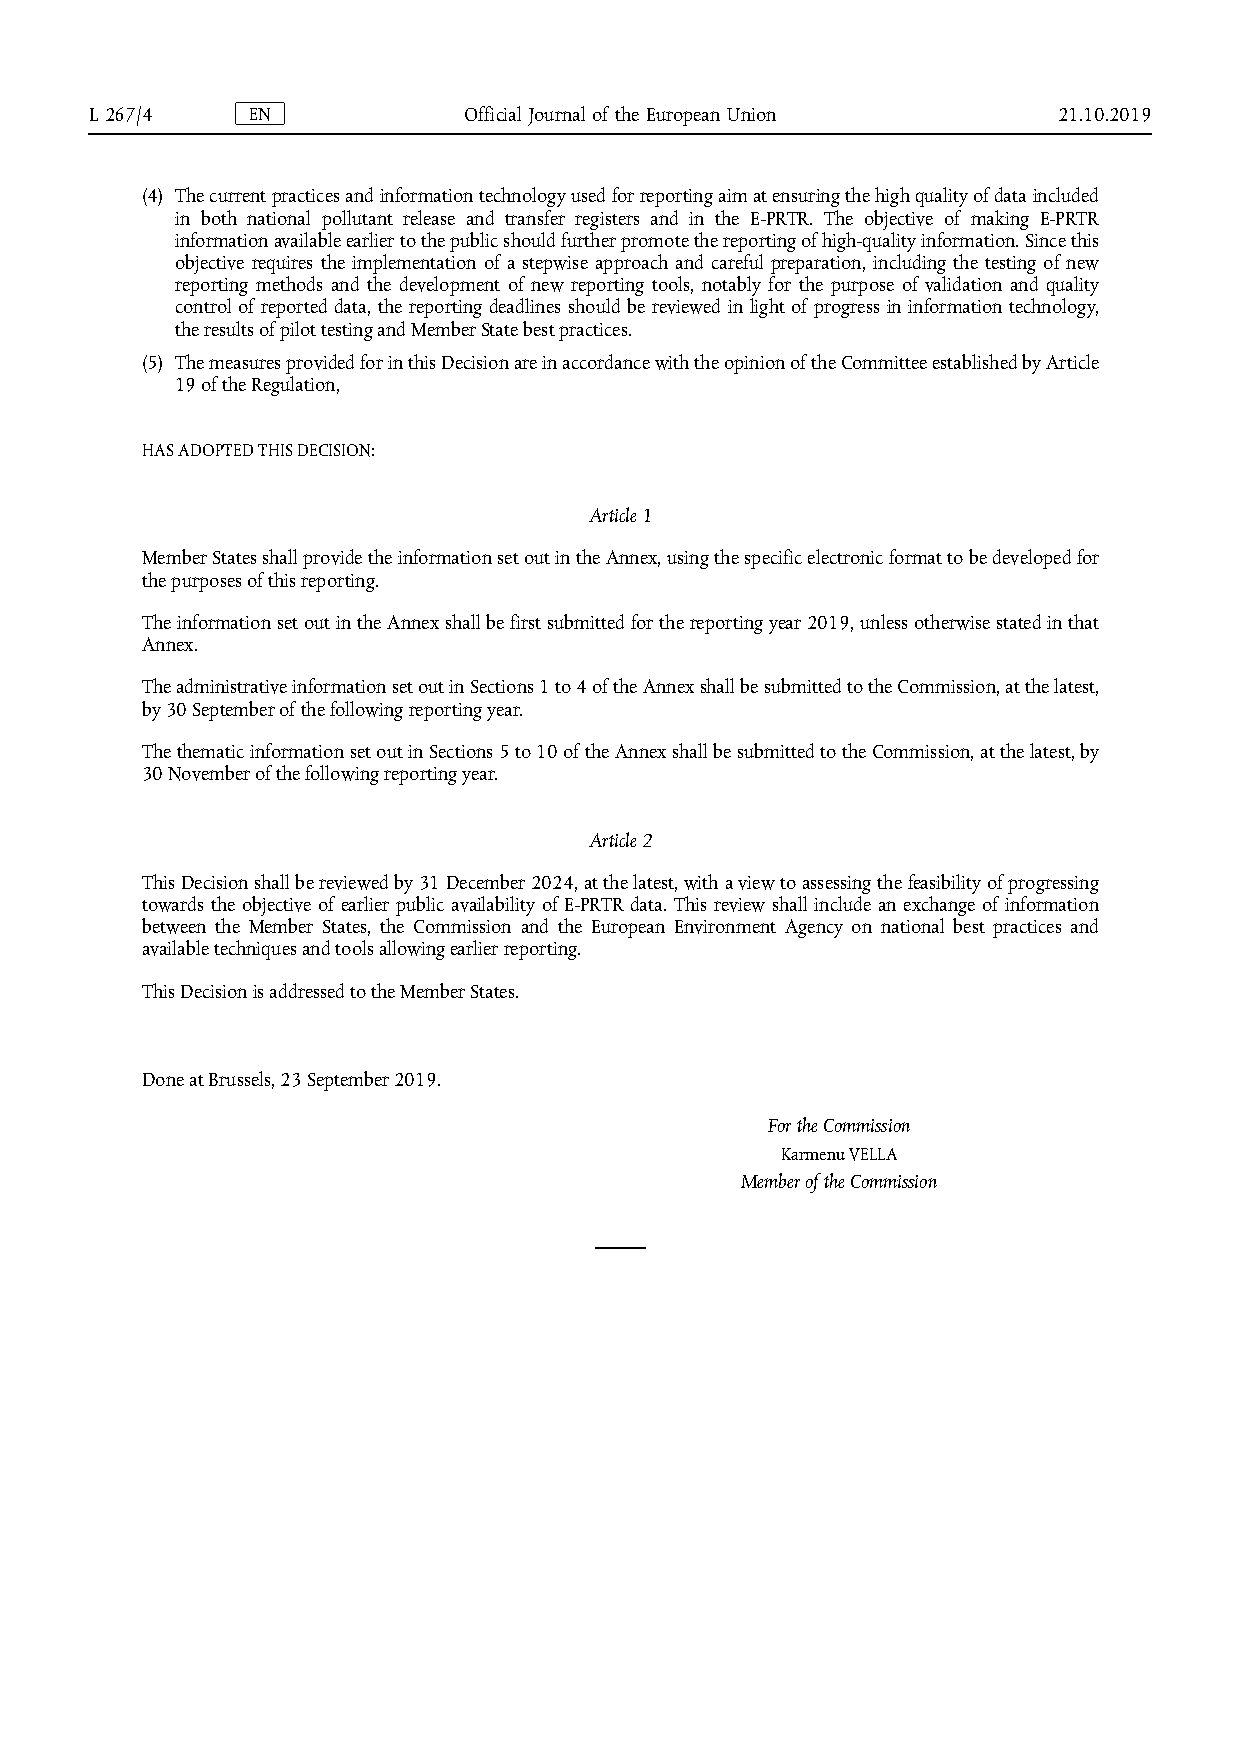
L 267/4   E N            O f f i c i a l J o u r n a l o f t h e E u r o p e an Union 21.10.2019
 (4) The current practices and information technology used for reporting aim at ensuring the high quality of data included
 in both national pollutant release and transfer registers and in the E-PRTR. The objective of making E-PRTR
 information available earlier to the public should further promote the reporting of high-quality information. Since this
 objective requires the implementation of a stepwise approach and careful preparation, including the testing of new
 reporting methods and the development of new reporting tools, notably for the purpose of validation and quality
 control of reported data, the reporting deadlines should be reviewed in light of progress in information technology,
 the results of pilot testing and Member State best practices.
 (5) The measures provided for in this Decision are in accordance with the opinion of the Committee established by Article
 19 of the Regulation,
 HAS ADOPTED THIS DECISION:
 Article 1
 Member States shall provide the information set out in the Annex, using the specific electronic format to be developed for
 the purposes of this reporting.
 The information set out in the Annex shall be first submitted for the reporting year 2019, unless otherwise stated in that
 Annex.
 The administrative information set out in Sections 1 to 4 of the Annex shall be submitted to the Commission, at the latest,
 by 30 September of the following reporting year.
 The thematic information set out in Sections 5 to 10 of the Annex shall be submitted to the Commission, at the latest, by
 30 November of the following reporting year.
 Article 2
 This Decision shall be reviewed by 31 December 2024, at the latest, with a view to assessing the feasibility of progressing
 towards the objective of earlier public availability of E-PRTR data. This review shall include an exchange of information
 between the Member States, the Commission and the European Environment Agency on national best practices and
 available techniques and tools allowing earlier reporting.
 This Decision is addressed to the Member States.
 Done at Brussels, 23 September 2019.
 For the Commission
 Karmenu VELLA
 Member of the Commission